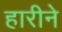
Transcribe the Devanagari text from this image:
हारीने